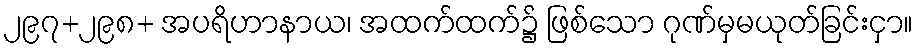
၂၉၇+၂၉၈+ အပရိဟာနာယ၊ အထက်ထက်၌ ဖြစ်သော ဂုဏ်မှမယုတ်ခြင်းငှာ။